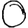
Digit: 0